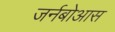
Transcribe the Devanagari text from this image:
जर्नबोआस